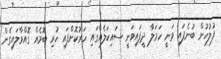
ފުލުހުން ބުނެފައި ވަނީ ހަމަލާ ދީފައިވަނީ ސައިކަލެއްގައި ހަރުކޮށްފައި ހުރި ބޮމެއް ގޮއްވާލައިގެން